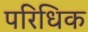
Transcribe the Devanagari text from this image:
परिधिक